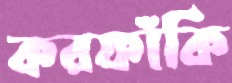
করফাঁকি